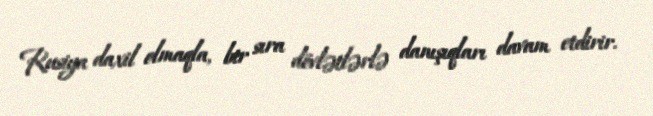
Rusiya daxil olmaqla, bir sıra dövlətlərlə danışıqları davam etdirir.